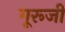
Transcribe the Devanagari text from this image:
गूरूजी